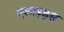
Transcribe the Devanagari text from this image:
एलाइड्स